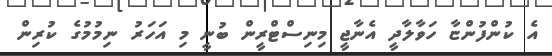
އެ ކުންފުންޏާ ހަވާލާދީ އެނާޖީ މިނިސްޓްރީން ބުނީ މި އަހަރު ނިމުމުގެ ކުރިން